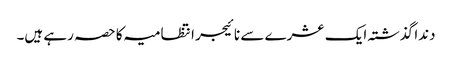
دندا گذشتہ ایک عشرے سے نائیجر انتظامیہ کا حصہ رہے ہیں۔